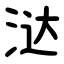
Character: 㳠